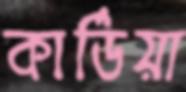
কার্ডিয়া